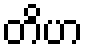
တိဟ